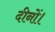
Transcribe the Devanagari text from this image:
दीनों।